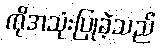
ကိုအသုံးပြုခဲ့သည်